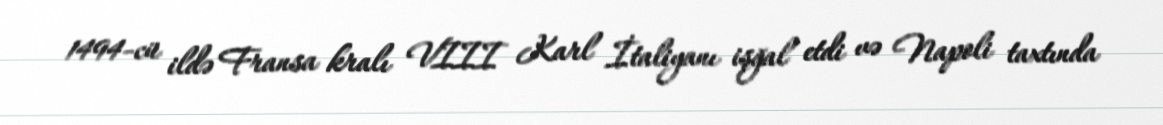
1494-cü ildə Fransa kralı VIII Karl İtaliyanı işğal etdi və Napoli taxtında